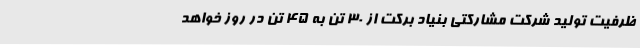
ظرفیت تولید شرکت مشارکتی بنیاد برکت از 30 تن به 45 تن در روز خواهد